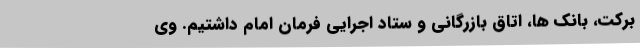
برکت، بانک ها، اتاق بازرگانی و ستاد اجرایی فرمان امام داشتیم. وی